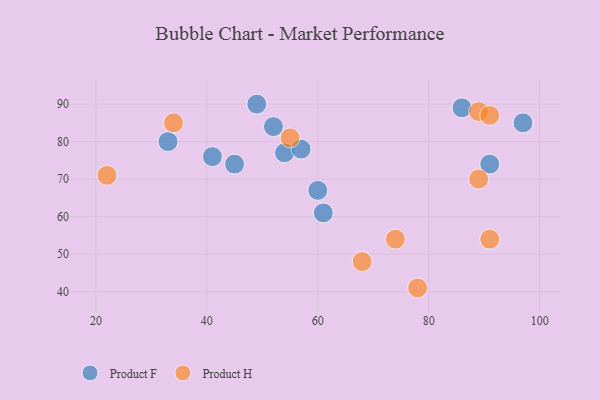
{"axis": {"x": "GDP", "y": "Life Expectancy"}, "legend": ["Product F", "Product H"], "data": [{"x": "61", "y": 61, "type": "Product F"}, {"x": "33", "y": 80, "type": "Product F"}, {"x": "54", "y": 77, "type": "Product F"}, {"x": "57", "y": 78, "type": "Product F"}, {"x": "41", "y": 76, "type": "Product F"}, {"x": "91", "y": 74, "type": "Product F"}, {"x": "52", "y": 84, "type": "Product F"}, {"x": "45", "y": 74, "type": "Product F"}, {"x": "49", "y": 90, "type": "Product F"}, {"x": "86", "y": 89, "type": "Product F"}, {"x": "60", "y": 67, "type": "Product F"}, {"x": "97", "y": 85, "type": "Product F"}, {"x": "55", "y": 81, "type": "Product H"}, {"x": "68", "y": 48, "type": "Product H"}, {"x": "78", "y": 41, "type": "Product H"}, {"x": "91", "y": 54, "type": "Product H"}, {"x": "89", "y": 88, "type": "Product H"}, {"x": "89", "y": 70, "type": "Product H"}, {"x": "34", "y": 85, "type": "Product H"}, {"x": "74", "y": 54, "type": "Product H"}, {"x": "91", "y": 87, "type": "Product H"}, {"x": "22", "y": 71, "type": "Product H"}]}